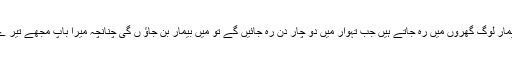
اس میں بادشاہ سمیت سب لوگ باہر نکلتے ہیں البتہ بیمار لوگ گھروں میں رہ جاتے ہیں جب تہوار میں دو چار دن رہ جائیں گے تو میں بیمار بن جاؤ ں گی چنانچہ میرا باپ مجھے تیر ے پاس چھوڑ جائے گا تب ہم دونوں بھاگ نکلیں گے ۔